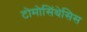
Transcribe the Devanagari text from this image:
टोमोसिंथेसिस